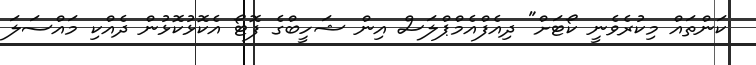
ކަންތައް މިކުރެވެނީ ކޯޓަށް" ދިއެފްއެމްޕްލަސް އިން ޝަހީބްގެ ފޮޓޯ އެކޮޅުކޮޅުން ދެއްކި މައްސަލަ